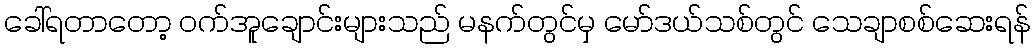
ခေါ်ရတာတော့ ဝက်အူချောင်းများသည် မနက်တွင်မှ မော်ဒယ်သစ်တွင် သေချာစစ်ဆေးရန်